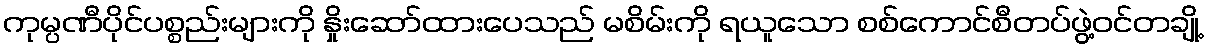
ကုမ္ပဏီပိုင်ပစ္စည်းများကို နှိုးဆော်ထားပေသည် မစိမ်းကို ရယူသော စစ်ကောင်စီတပ်ဖွဲ့ဝင်တချို့